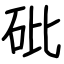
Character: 砒